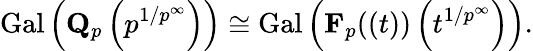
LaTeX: \operatorname{Gal}\left(\mathbf{Q}_{p}\left(p^{1/p^{\infty}}\right)\right)\cong\operatorname{Gal}\left(\mathbf{F}_{p}((t))\left(t^{1/p^{\infty}}\right)\right).